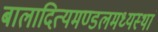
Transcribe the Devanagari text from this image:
बालादित्यमण्डलमध्यस्थां